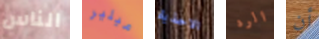
الناس ميلير الاحذية الرد أن